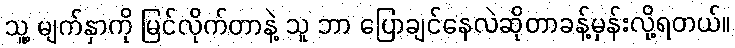
သူ့ မျက်နှာကို မြင်လိုက်တာနဲ့ သူ ဘာ ပြောချင်နေလဲဆိုတာခန့်မှန်းလို့ရတယ်။